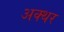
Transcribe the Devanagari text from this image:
अक्थर